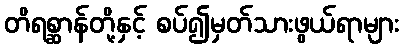
တိရစ္ဆာန်တို့နှင့် စပ်၍မှတ်သားဖွယ်ရာများ